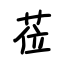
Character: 莅